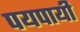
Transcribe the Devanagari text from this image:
पयपायी